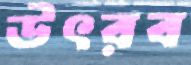
উৎরব